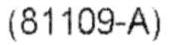
(81109-A)